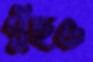
পুঁছও